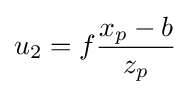
u_{2}=f{\frac {x_{p}-b}{z_{p}}}